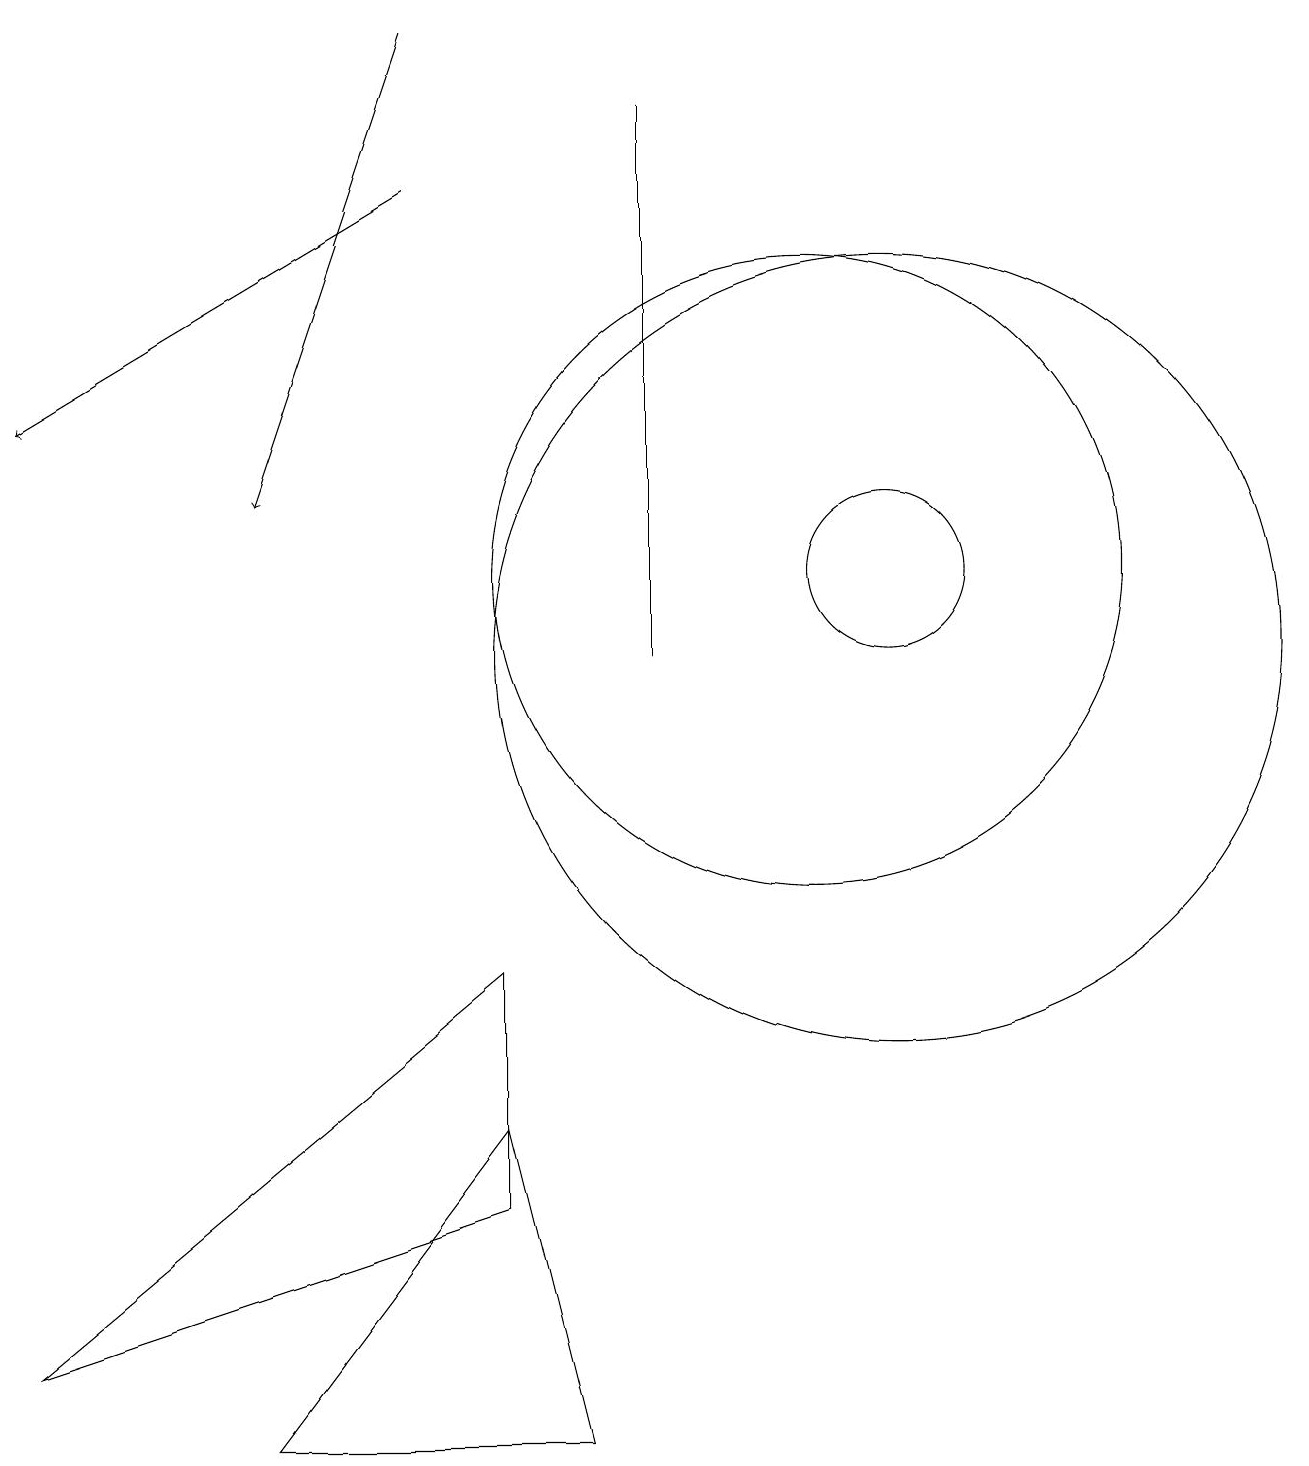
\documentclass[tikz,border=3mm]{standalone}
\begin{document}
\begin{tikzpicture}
\draw (11,10) circle (5);
\draw (10,11) circle (4);
\draw (3,0) -- (6,4) -- (7,0) -- cycle;
\draw (0,1) -- (6,3) -- (6,6) -- cycle;
\draw (11,11) circle (1);
\draw (8,17) rectangle (8,10);
\draw[->] (5,16) -- (0,13);
\draw[->] (5,18) -- (3,12);
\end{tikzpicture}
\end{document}